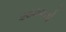
૨૦૦૫નો